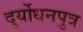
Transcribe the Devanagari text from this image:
दुर्योधनपुत्र